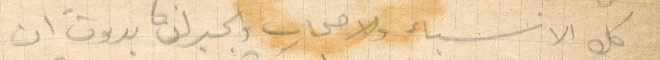
كل الانسباء والاصحاب والجيران بدون ان